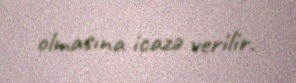
olmasına icazə verilir.